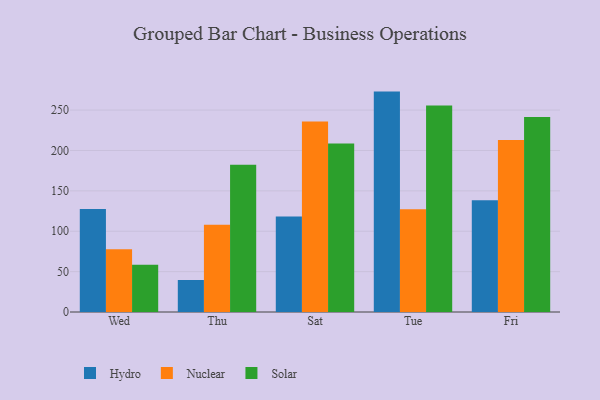
{"axis": {"x": "Day", "y": "LTV (USD)"}, "legend": ["Hydro", "Nuclear", "Solar"], "data": [{"x": "Wed", "y": 127.5, "type": "Hydro"}, {"x": "Wed", "y": 77.6, "type": "Nuclear"}, {"x": "Wed", "y": 58.5, "type": "Solar"}, {"x": "Thu", "y": 39.6, "type": "Hydro"}, {"x": "Thu", "y": 108.0, "type": "Nuclear"}, {"x": "Thu", "y": 182.3, "type": "Solar"}, {"x": "Sat", "y": 118.1, "type": "Hydro"}, {"x": "Sat", "y": 235.8, "type": "Nuclear"}, {"x": "Sat", "y": 208.5, "type": "Solar"}, {"x": "Tue", "y": 272.9, "type": "Hydro"}, {"x": "Tue", "y": 127.3, "type": "Nuclear"}, {"x": "Tue", "y": 255.6, "type": "Solar"}, {"x": "Fri", "y": 138.5, "type": "Hydro"}, {"x": "Fri", "y": 212.9, "type": "Nuclear"}, {"x": "Fri", "y": 241.4, "type": "Solar"}]}